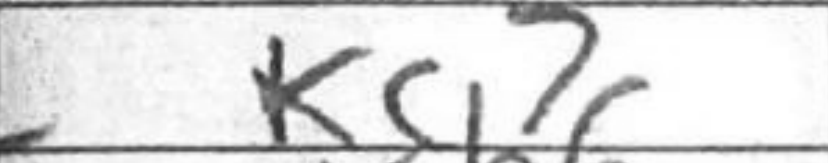
Transcription: Kc7